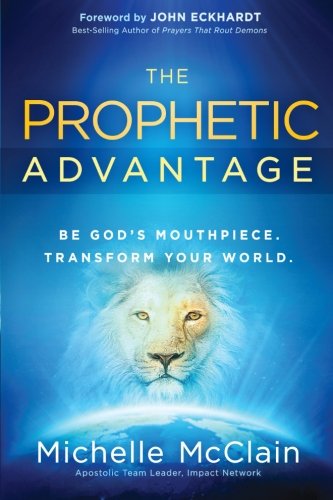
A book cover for The Prophetic Advantage: Be God's Mouthpiece. Transform Your World.; Michelle McClain-Walters; Christian Books & Bibles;